Civil Veterinary Dept. Bombay admin report 1907-1913 - 1907-1913
Year: 1907
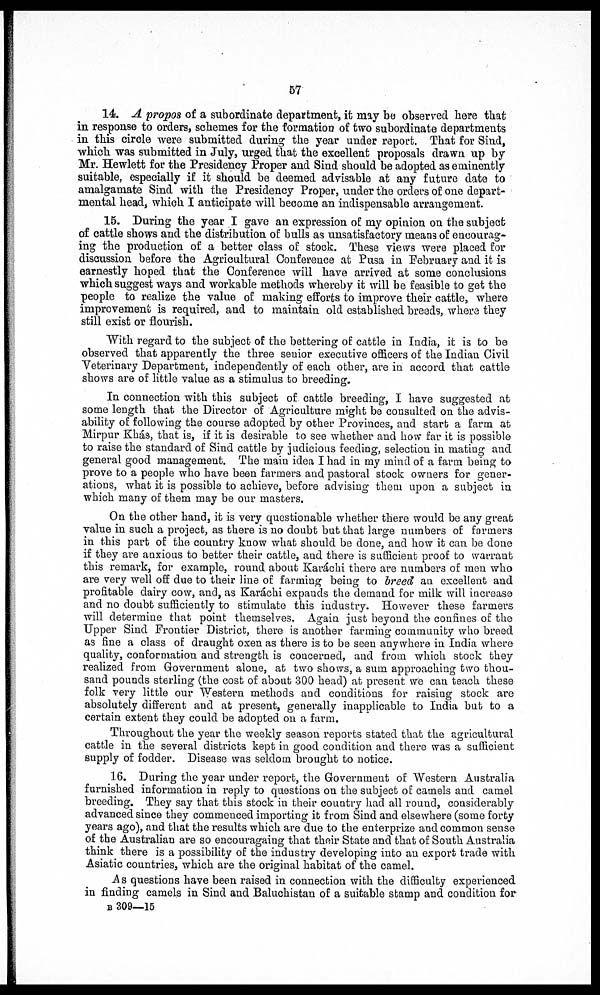
57
14. A propos of a subordinate department, it may be observed here that
in response to orders, schemes for the formation of two subordinate departments
in this circle were submitted during the year under report. That for Sind,
which was submitted in July, urged that the excellent proposals drawn up by
Mr. Hewlett for the Presidency Proper and Sind should be adopted as eminently
suitable, especially if it should be deemed advisable at any future date to
amalgamate Sind with the Presidency Proper, under the orders of one depart-
mental head, which I anticipate will become an indispensable arrangement.
15. During the year I gave an expression of my opinion on the subject
of cattle shows and the distribution of bulls as unsatisfactory means of encourag-
ing the production of a better class of stock. These views were placed for
discussion before the Agricultural Conference at Pusa in February and it is
earnestly hoped that the Conference will have arrived at some conclusions
which suggest ways and workable methods whereby it will be feasible to get the
people to realize the value of making efforts to improve their cattle, where
improvement is required, and to maintain old established breeds, where they
still exist or flourish.
With regard to the subject of the bettering of cattle in India, it is to be
observed that apparently the three senior executive officers of the Indian Civil
Veterinary Department, independently of each other, are in accord that cattle
shows are of little value as a stimulus to breeding.
In connection with this subject of cattle breeding, I have suggested at
some length that the Director of Agriculture might be consulted on the advis-
ability of following the course adopted by other Provinces, and start a farm at
Mirpur Khás, that is, if it is desirable to see whether and how far it is possible
to raise the standard of Sind cattle by judicious feeding, selection in mating and
general good management. The main idea I had in my mind of a farm being to
prove to a people who have been farmers and pastoral stock owners for gener-
ations, what it is possible to achieve, before advising them upon a subject in
which many of them may be our masters.
On the other hand, it is very questionable whether there would be any great
value in such a project, as there is no doubt but that large numbers of farmers
in this part of the country know what should be done, and how it can be clone
if they are anxious to better their cattle, and there is sufficient proof to warrant
this remark, for example, round about Karachi there are numbers of men who
are very well off due to their line of farming being to breed an excellent and
profitable dairy cow, and, as Karachi expands the demand for milk will increase
and no doubt sufficiently to stimulate this industry. However these farmers
will determine that point themselves. Again just beyond the confines of the
Upper Sind Frontier District, there is another farming community who breed
as fine a class of draught oxen as there is to be seen anywhere in India where
quality, conformation and strength is concerned, and from which stock they
realized from Government alone, at two shows, a sum approaching two thou-
sand pounds sterling (the cost of about 300 head) at present we can teach these
folk very little our Western methods and conditions for raising stock are
absolutely different and at present, generally inapplicable to India but to a
certain extent they could be adopted on a farm.
Throughout the year the weekly season reports stated that the agricultural
cattle in the several districts kept in good condition and there was a sufficient
supply of fodder. Disease was seldom brought to notice.
16. During the year under report, the Government of Western Australia
furnished information in reply to questions on the subject of camels and camel
breeding. They say that this stock in their country had all round, considerably
advanced since they commenced importing it from Sind and elsewhere (some forty
years ago), and that the results which are due to the enterprize and common sense
of the Australian are so encouragaing that their State and that of South Australia
think there is a possibility of the industry developing into an export trade with
Asiatic countries, which are the original habitat of the camel.
As questions have been raised in connection with the difficulty experienced
in finding camels in Sind and Baluchistan of a suitable stamp and condition for
B 309—15